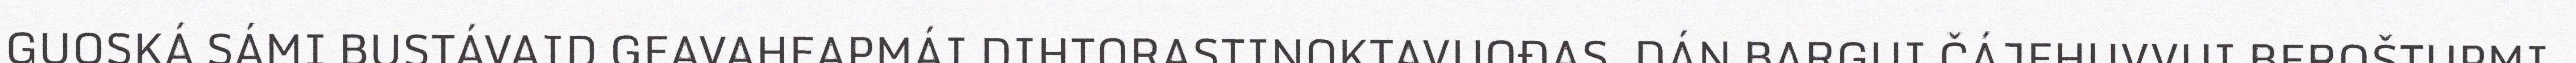
GUOSKÁ SÁMI BUSTÁVAID GEAVAHEAPMÁI DIHTORASTINOKTAVUOĐAS. DÁN BARGUI ČÁJEHUVVUI BEROŠTUPMI